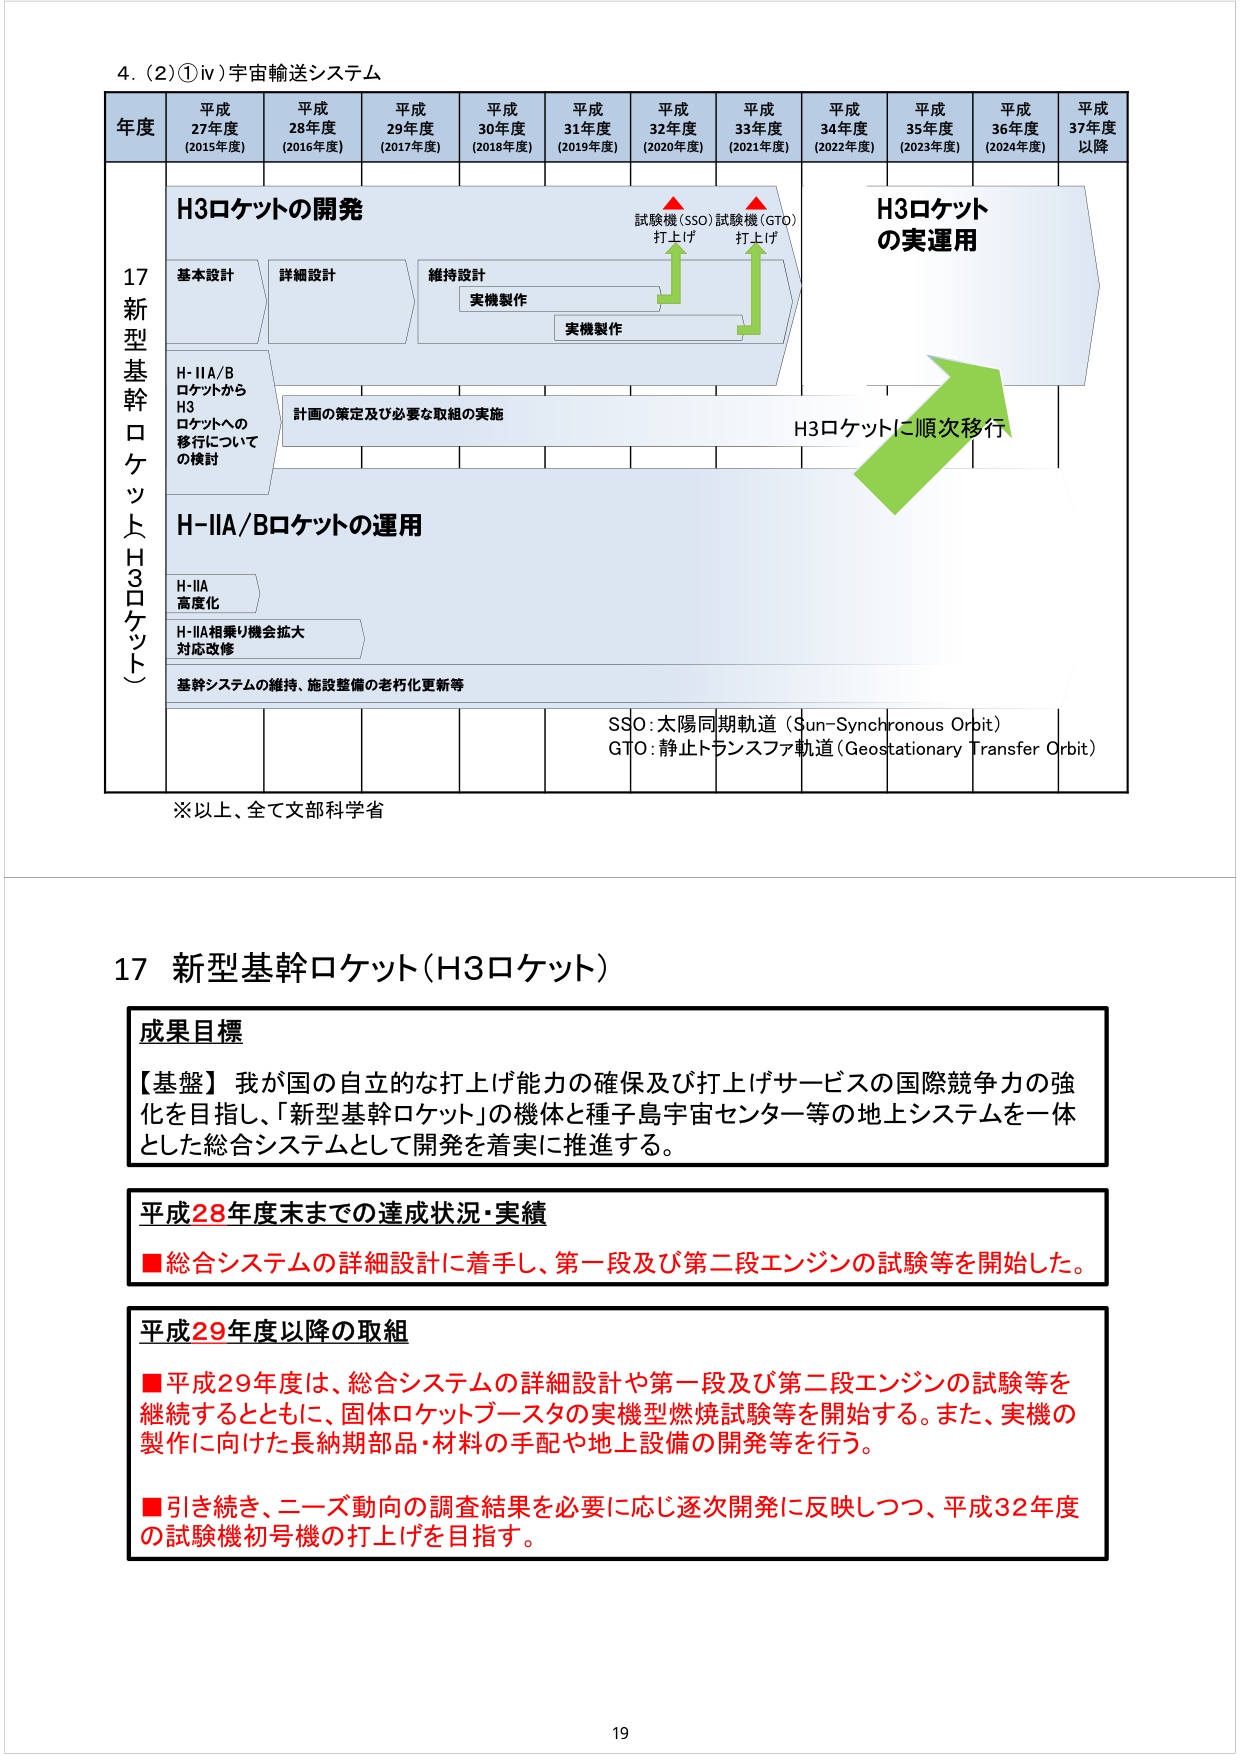
4. (2)①ⅳ)宇宙輸送システム

年度 平成27年度 (2015年度) 平成28年度 (2016年度) 平成29年度 (2017年度) 平成30年度 (2018年度) 平成31年度 (2019年度) 平成32年度 (2020年度) 平成33年度 (2021年度) 平成34年度 (2022年度) 平成35年度 (2023年度) 平成36年度 (2024年度) 平成37年度以降

17 新型基幹ロケット（H3ロケット）

H3ロケットの開発
基本設計 詳細設計 維持設計 実機製作 実機製作
試験機(SSO)打上げ 試験機(GTO)打上げ

H-IIA/BロケットからH3ロケットへの移行についての検討
計画の策定及び必要な取組の実施

H-IIA/Bロケットの運用
H-IIA 高度化
H-IIA相乗り機会拡大対応改修
基幹システムの維持、施設整備の老朽化更新等

H3ロケットの実運用
H3ロケットに順次移行

SSO:太陽同期軌道 (Sun-Synchronous Orbit)
GTO:静止トランスファ軌道 (Geostationary Transfer Orbit)

※以上、全て文部科学省

17 新型基幹ロケット(H3ロケット)

成果目標
【基盤】我が国の自立的な打上げ能力の確保及び打上げサービスの国際競争力の強化を目指し、「新型基幹ロケット」の機体と種子島宇宙センター等の地上システムを一体とした総合システムとして開発を着実に推進する。

平成28年度末までの達成状況・実績
■総合システムの詳細設計に着手し、第一段及び第二段エンジンの試験等を開始した。

平成29年度以降の取組
■平成29年度は、総合システムの詳細設計や第一段及び第二段エンジンの試験等を継続するとともに、固体ロケットブースタの実機型燃焼試験等を開始する。また、実機の製作に向けた長納期部品・材料の手配や地上設備の開発等を行う。
■引き続き、ニーズ動向の調査結果を必要に応じ逐次開発に反映しつつ、平成32年度の試験機初号機の打上げを目指す。

19